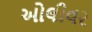
ઓલીવર